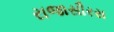
રાજાસૌરસ